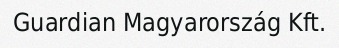
Guardian Magyarország Kft.